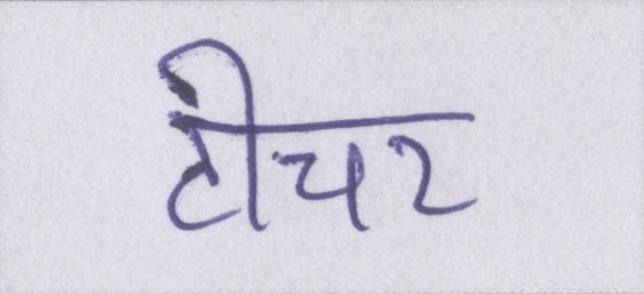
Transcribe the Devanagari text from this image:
टीचर